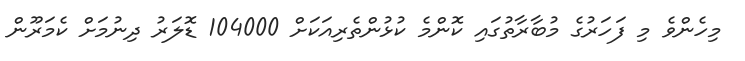
މިހެންވެ މި ފަހަރުގެ މުބާރާތުގައި ކޮންމެ ކުޅުންތެރިއަކަށް 104000 ޑޮލަރު ދިނުމަށް ކެމަރޫން